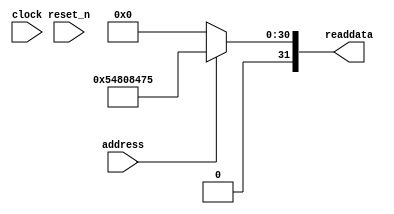
module SoC_sysid_qsys_0 (
               // inputs:
                address,
                clock,
                reset_n,

               // outputs:
                readdata
             )
;

  output  [ 31: 0] readdata;
  input            address;
  input            clock;
  input            reset_n;

  wire    [ 31: 0] readdata;
  //control_slave, which is an e_avalon_slave
  assign readdata = address ? 1417708661 : 0;

endmodule